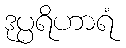
ဒုပ္ပရိဟာရံ